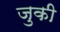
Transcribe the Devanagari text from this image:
जुकी